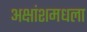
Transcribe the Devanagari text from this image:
अक्षांशमधला